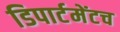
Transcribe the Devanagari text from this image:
डिपार्टमेंटच